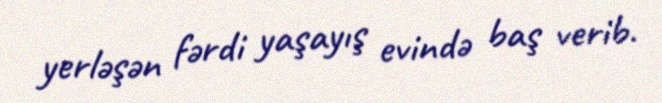
yerləşən fərdi yaşayış evində baş verib.